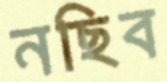
নছিব